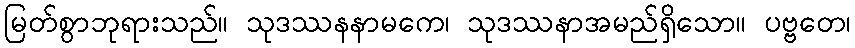
မြတ်စွာဘုရားသည်။ သုဒဿနနာမကေ၊ သုဒဿနာအမည်ရှိသော။ ပဗ္ဗတေ၊